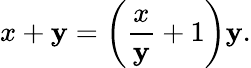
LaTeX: x+\mathbf{y}=\left({\frac{{x}}{{\mathbf{y}}}}+1\right)\mathbf{y}.